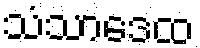
သံသာဒေထ